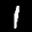
Label: 1